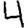
Digit: 4